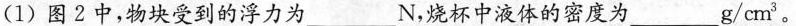
(1)图2中，物块受到的浮力为___N，烧杯中液体的密度为___g/cm3。